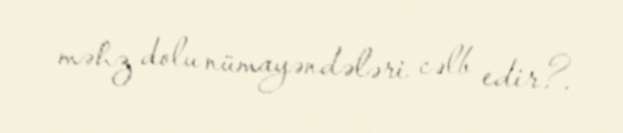
məhz dolu nümayəndələri cəlb edir?.